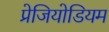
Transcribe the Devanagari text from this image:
प्रेजियोडियम